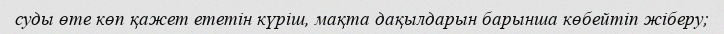
суды өте көп қажет ететін күріш, мақта дақылдарын барынша көбейтіп жіберу;